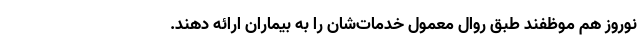
نوروز هم موظفند طبق روال معمول خدمات‌شان را به بیماران ارائه دهند.